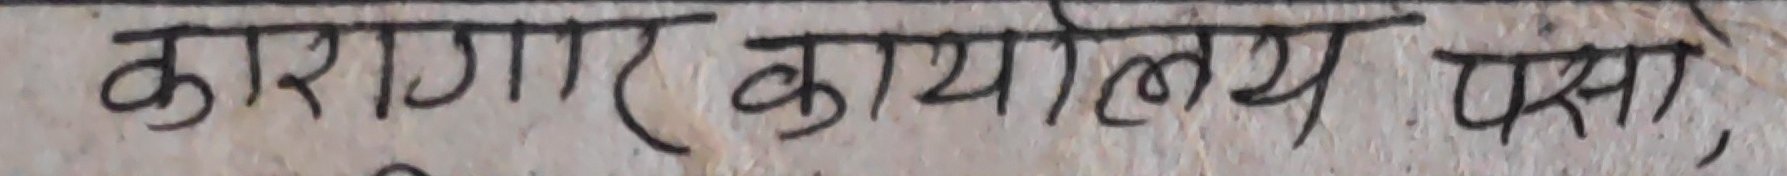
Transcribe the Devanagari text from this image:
कारागार कार्यालय पर्सा,